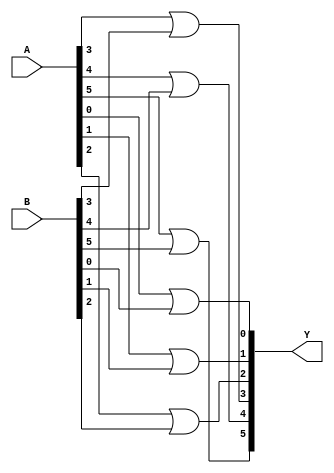
module MOD_OR_2x6b(
    input [5:0] A,
    input [5:0] B,
    output [5:0] Y
);

    assign Y[0] = A[0] | B[0];
    assign Y[1] = A[1] | B[1];
    assign Y[2] = A[2] | B[2];
    assign Y[3] = A[3] | B[3];
    assign Y[4] = A[4] | B[4];
    assign Y[5] = A[5] | B[5];

endmodule